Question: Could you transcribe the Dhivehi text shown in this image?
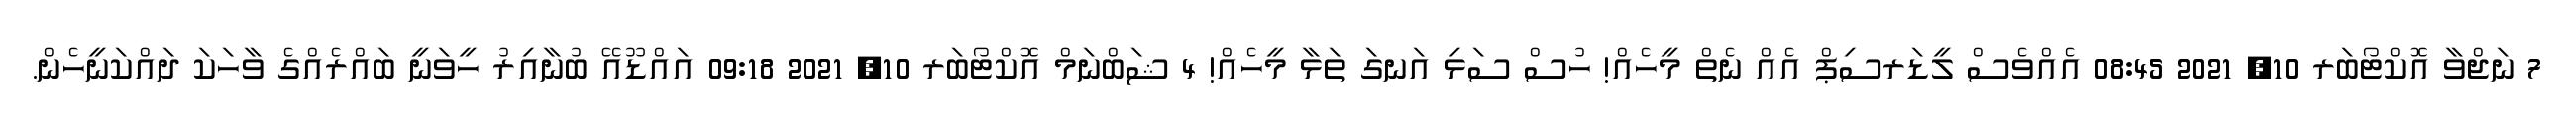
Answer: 7 ނަޖްވާ އޮކްޓޯބަރ 10, 2021 08:45 އެއްވެސް ލީޑަރސިޕް އެއް ނެތް މީހެއް! ހުސް ސަޅި އަނގަ ތަޅާ މީހެއް! 4 ޝަބްނަމް އޮކްޓޯބަރ 10, 2021 09:18 އައްޑޫއޭ ބުނާއިރު ހީވަނީ ބައްރެއްގެ ވާހަކަ ދައްކަނީހެން.